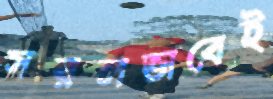
সরলভাবেই